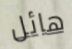
هائل